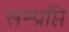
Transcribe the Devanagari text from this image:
सम्प्रप्ति